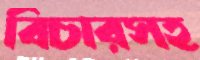
বিচারসহ